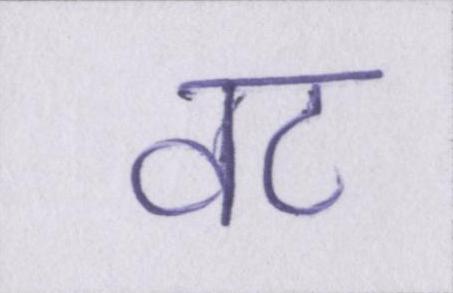
वट